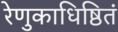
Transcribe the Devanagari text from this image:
रेणुकाधिष्ठितं